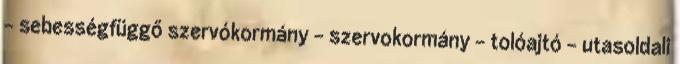
– sebességfüggő szervókormány – szervokormány – tolóajtó – utasoldali